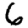
Digit: 6